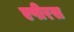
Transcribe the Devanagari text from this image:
एपीरस